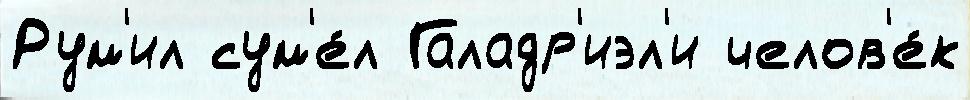
Рум'ил сум'е́л Галадр'иэл'и челов'е́к